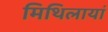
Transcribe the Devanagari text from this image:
मिथिलायां